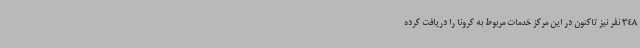
348 نفر نیز تاکنون در این مرکز خدمات مربوط به کرونا را دریافت کرده